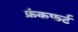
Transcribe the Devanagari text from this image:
फ्रंकफर्ट